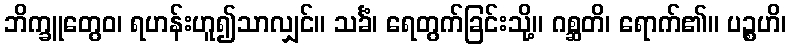
ဘိက္ခူတွေဝ၊ ရဟန်းဟူ၍သာလျှင်။ သင်္ခံ၊ ရေတွက်ခြင်းသို့။ ဂစ္ဆတိ၊ ရောက်၏။ ပဉ္စဟိ၊